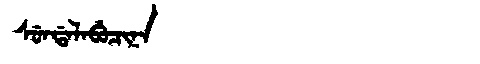
Manchu: ᠰᡠᠨᡩᠠᠯᠠᠪᡠᠴᡳᠨᠠ
Romanization: SUNDALABUCINA